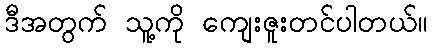
ဒီအတွက် သူ့ကို ကျေးဇူးတင်ပါတယ်။